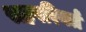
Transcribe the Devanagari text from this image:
सहपरिवर्त